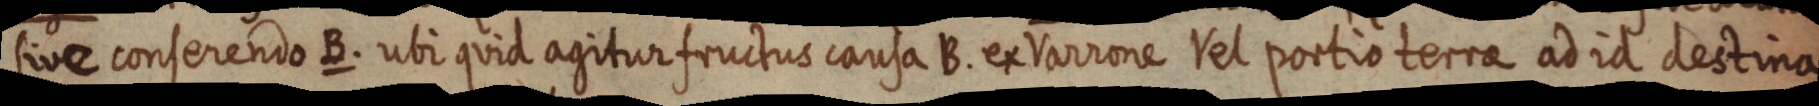
tivee conserendo B. ubi quia agitior fructus canta B. ex Varrone Vel portio terra ad id destina